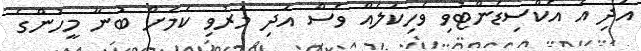
އަދި އެ އެކްސިޑެންޓުވި ވެހިކަލެއް ވެސް އަދި މަރުވި ކަމަށް ބުނާ މީހުންގެ